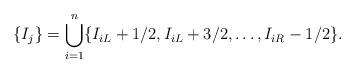
LaTeX: \begin{align*} \{I_j \} = \bigcup_{i=1}^n \{I_{iL}+ 1/2,I_{iL}+3/2,\ldots,I_{iR} - 1/2 \}.\end{align*}